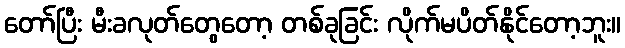
တော်ပြီး မီးခလုတ်တွေတော့ တစ်ခုခြင်း လိုက်မပိတ်နိုင်တော့ဘူး။